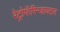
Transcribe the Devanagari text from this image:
रेट्रोफॅरिन्जायटल